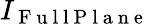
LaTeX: I_{\mathrm{~F~u~l~l~P~l~a~n~e~}}